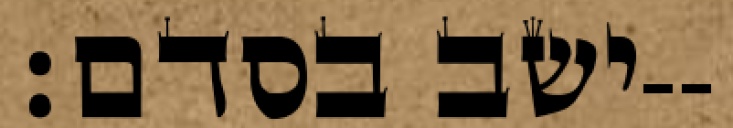
ישב בסדם׃--